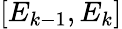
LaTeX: [E_{k-1},E_{k}]